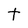
Character: t